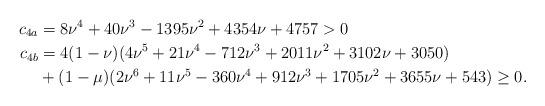
LaTeX: \begin{align*}c_{4a}&=8\nu^4+40\nu^3-1395\nu^2+4354\nu+4757>0\\c_{4b}&=4(1-\nu) (4\nu^5+21\nu^4-712\nu^3+2011\nu^2+3102\nu+3050)\\ & +(1-\mu)(2\nu^6+11\nu^5-360\nu^4+912\nu^3+1705\nu^2+3655\nu+543)\ge 0.\end{align*}